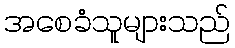
အစေခံသူများသည်